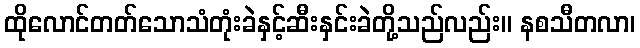
ထိုလောင်တတ်သောသံတုံးခဲနှင့်ဆီးနှင်းခဲတို့သည်လည်း။ နစသီတလာ၊